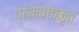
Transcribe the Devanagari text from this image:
प्रेमपंचामृत